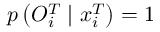
p \left( O _ { i } ^ { T } \mid x _ { i } ^ { T } \right) = 1